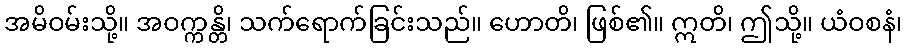
အမိဝမ်းသို့။ အဝက္ကန္တိ၊ သက်ရောက်ခြင်းသည်။ ဟောတိ၊ ဖြစ်၏။ ဣတိ၊ ဤသို့။ ယံဝစနံ၊